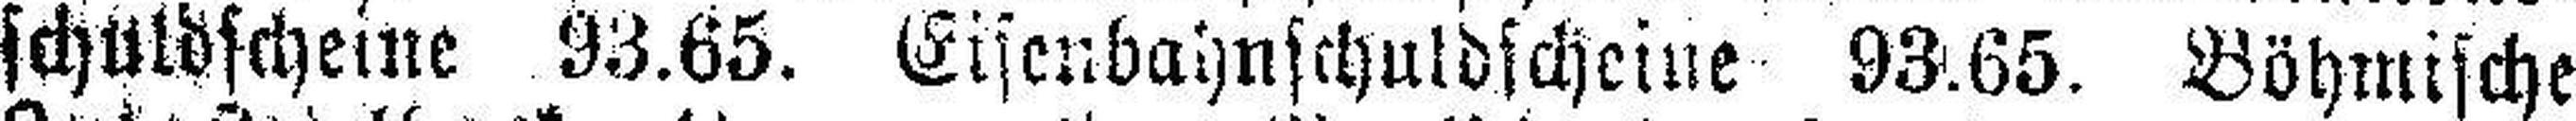
schuldscheine 93.65. Eisenbahnschuldscheine 93.65. Böhmische